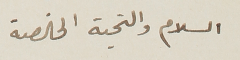
السلام والتحية الخالصة.